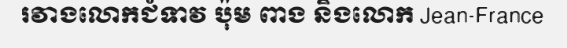
រវាងលោកជំទាវ ប៉ុម ពាង និងលោក Jean-France